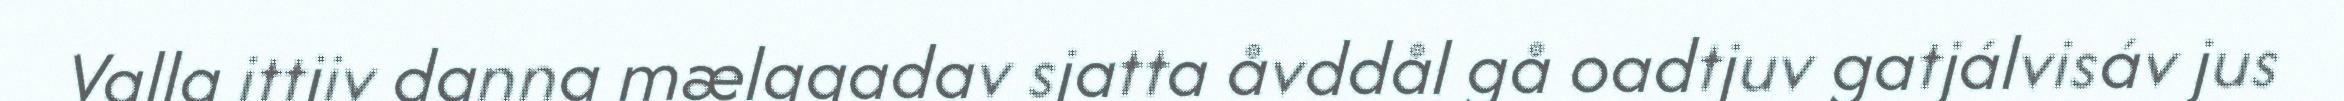
Valla ittjiv danna mælggadav sjatta åvddål gå oadtjuv gatjálvisáv jus